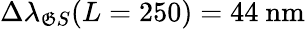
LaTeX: \Delta\lambda_{\mathfrak{G}S}(L=250)=44~\mathrm{{nm}}